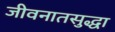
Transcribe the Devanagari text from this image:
जीवनातसुद्धा